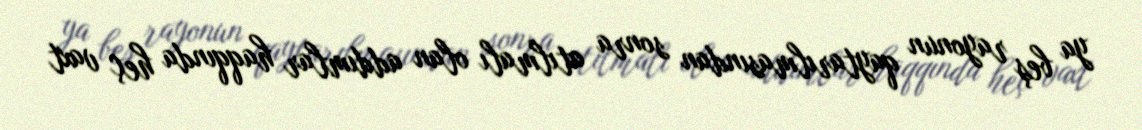
ya beş rayonun qaytarılmasından sonra atılmalı olan addımlar haqqında heç vaxt